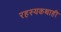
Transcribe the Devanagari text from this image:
रहस्यकथाही